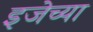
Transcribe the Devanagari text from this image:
इजेच्या